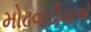
મોઢવાડીયાએ